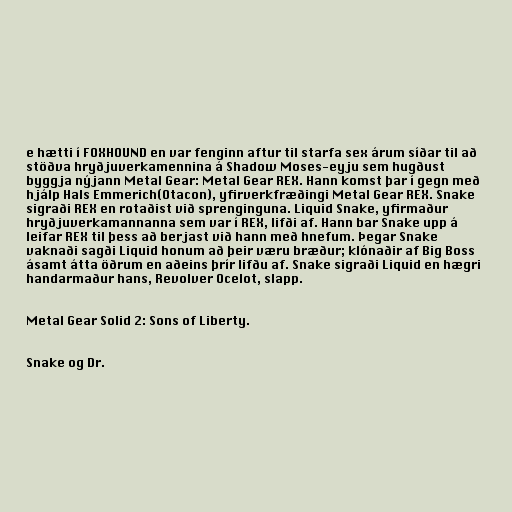
e hætti í FOXHOUND en var fenginn aftur til starfa sex árum síðar til að
stöðva hryðjuverkamennina á Shadow Moses-eyju sem hugðust
byggja nýjann Metal Gear: Metal Gear REX. Hann komst þar í gegn með
hjálp Hals Emmerich(Otacon), yfirverkfræðingi Metal Gear REX. Snake
sigraði REX en rotaðist við sprenginguna. Liquid Snake, yfirmaður
hryðjuverkamannanna sem var í REX, lifði af. Hann bar Snake upp á
leifar REX til þess að berjast við hann með hnefum. Þegar Snake
vaknaði sagði Liquid honum að þeir væru bræður; klónaðir af Big Boss
ásamt átta öðrum en aðeins þrír lifðu af. Snake sigraði Liquid en hægri
handarmaður hans, Revolver Ocelot, slapp.

Metal Gear Solid 2: Sons of Liberty.

Snake og Dr.